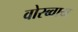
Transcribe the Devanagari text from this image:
वोरब्वाय